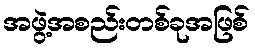
အဖွဲ့အစည်းတစ်ခုအဖြစ်